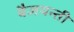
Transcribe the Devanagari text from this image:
बैजयन्‍ती